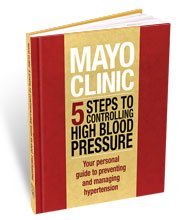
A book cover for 5 Steps to Controlling High Blood Pressure; Sheldon G. Sheps; Health, Fitness & Dieting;